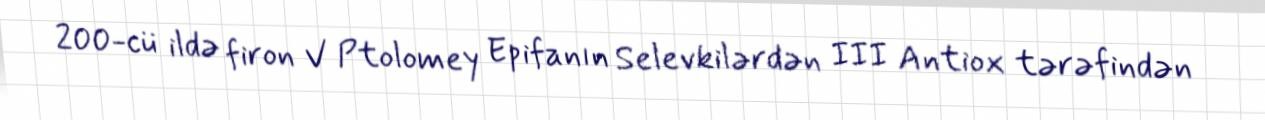
200-cü ildə firon V Ptolomey Epifanın Selevkilərdən III Antiox tərəfindən